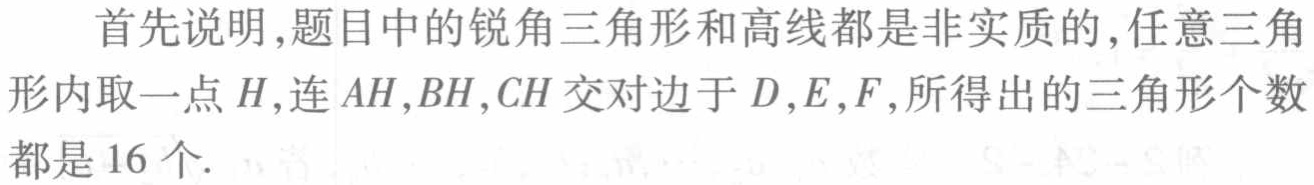
首先说明,题目中的锐角三角形和高线都是非实质的,任意三角形内取一点\(H\),连\(AH,BH,CH\)交对边于\(D,E,F\),所得出的三角形个数都是\(16\)个.